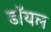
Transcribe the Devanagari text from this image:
डाॅयल